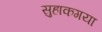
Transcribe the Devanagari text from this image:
सुहाकगया